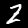
Label: 2